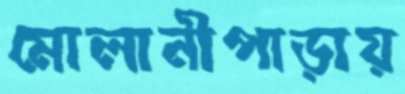
মোলানীপাড়ায়